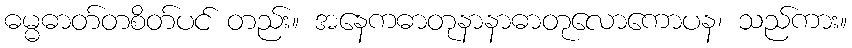
ဓမ္မဓာတ်တစိတ်ပင် တည်း။ အနေကဓာတုနာနာဓာတုလောကောပန၊ သည်ကား။